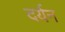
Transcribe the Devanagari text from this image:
दर्यन